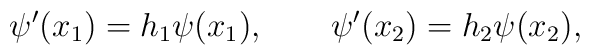
\psi^\prime(x_1)=h_1 \psi(x_1), \qquad \psi^\prime(x_2)=h_2 \psi(x_2),